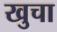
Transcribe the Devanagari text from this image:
खुचा